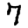
Digit: 7